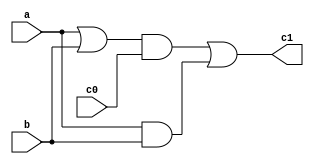
module c(a, b, c0, c1);
input a;
input b;
input c0;
output c1;
wire g0;
wire p0;
wire andOut;

//Creates the g0 and p0
//g0 = ab
//p0 = a+b
and andG(g0, a, b);
or orP(p0, a, b);

//Creates c1
and and1(andOut, p0, c0);
or or1(c1, andOut, g0);
endmodule